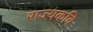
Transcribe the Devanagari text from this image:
राज्यकवि